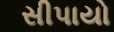
સીપાયો